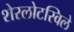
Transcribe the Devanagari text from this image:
शेरलोटस्विले